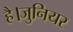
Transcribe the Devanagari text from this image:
है।जुनियर